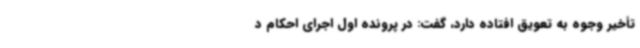
تأخیر وجوه به تعویق افتاده دارد، گفت: در پرونده اول اجرای احکام د